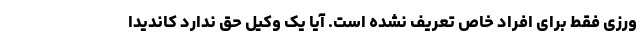
ورزی فقط برای افراد خاص تعریف نشده است. آیا یک وکیل حق ندارد کاندیدا